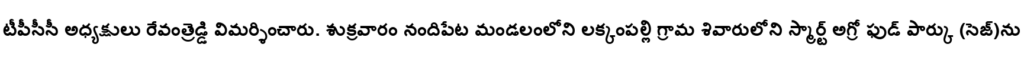
టీపీసీసీ అధ్యక్షులు రేవంత్రెడ్డి విమర్శించారు. శుక్రవారం నందిపేట మండలంలోని లక్కంపల్లి గ్రామ శివారులోని స్మార్ట్ అగ్రో ఫుడ్ పార్కు (సెజ్)ను